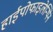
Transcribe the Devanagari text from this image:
हाईपोफाइलेन्थिन